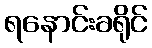
ရနောင်းခရိုင်